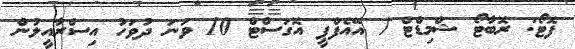
ފޮޓޯ: ރޮބާޓޯ ޝްމިޑްޓް / އޭއެފްޕީ އޮގަސްޓް 10 ވަނަ ދުވަހު އިސްރާއީލުން